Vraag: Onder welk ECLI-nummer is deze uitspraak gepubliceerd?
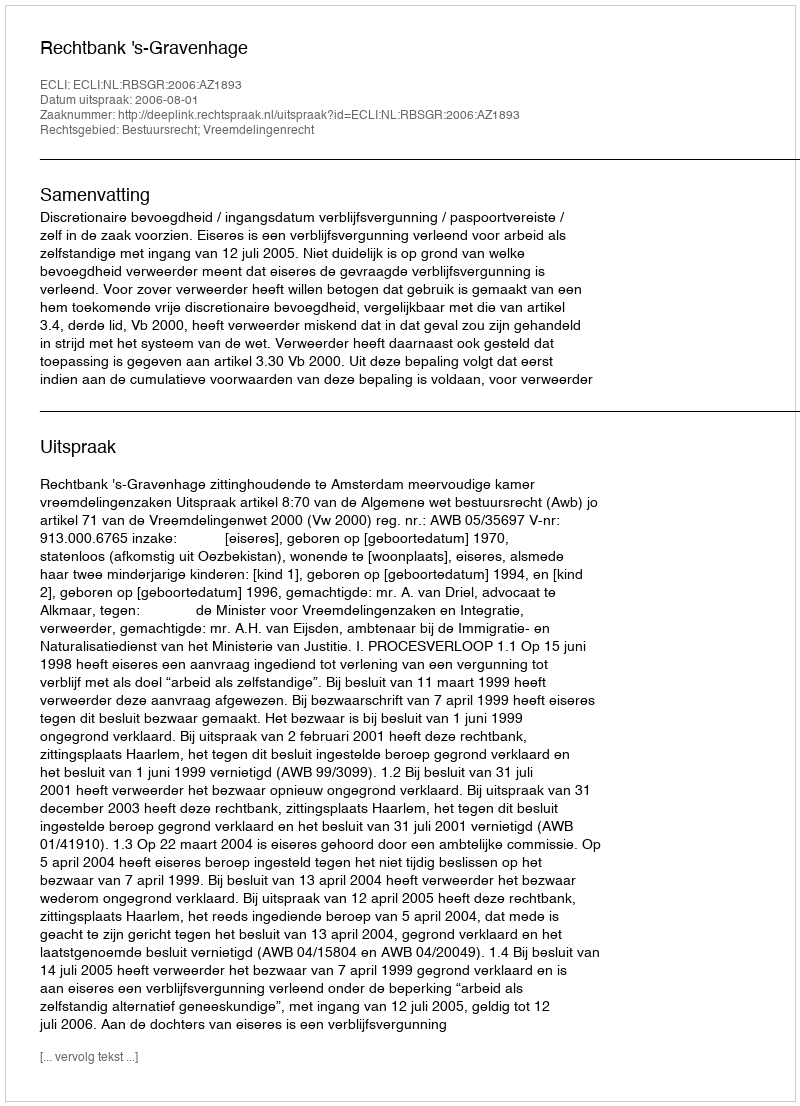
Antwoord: ECLI:NL:RBSGR:2006:AZ1893